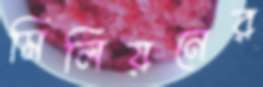
মিলিয়নের